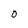
Character: O